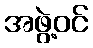
အဖွဲ့ဝင်